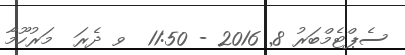
ސެޕްޓެމްބަރު 8